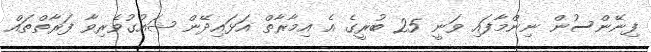
ފިނޭންސުން ނިންމާފައި ވަނީ 25 ބުރީގެ އެ އިމާރާތް އަޅައިދޭން ޝައުގުވެރިވާ ފަރާތްތައް